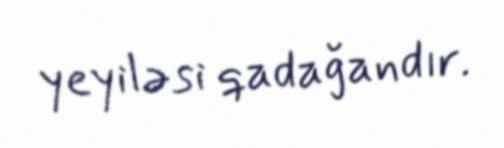
yeyiləsi qadağandır.